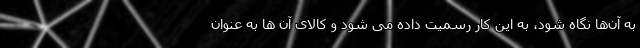
به آن‌ها نگاه شود، به این کار رسمیت داده می شود و کالای آن ها به عنوان